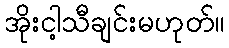
အိုးငါ့သီချင်းမဟုတ်။